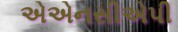
એએનસીએપી